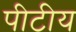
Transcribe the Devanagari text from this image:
पीटीय